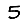
Digit: 5